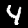
Label: 4